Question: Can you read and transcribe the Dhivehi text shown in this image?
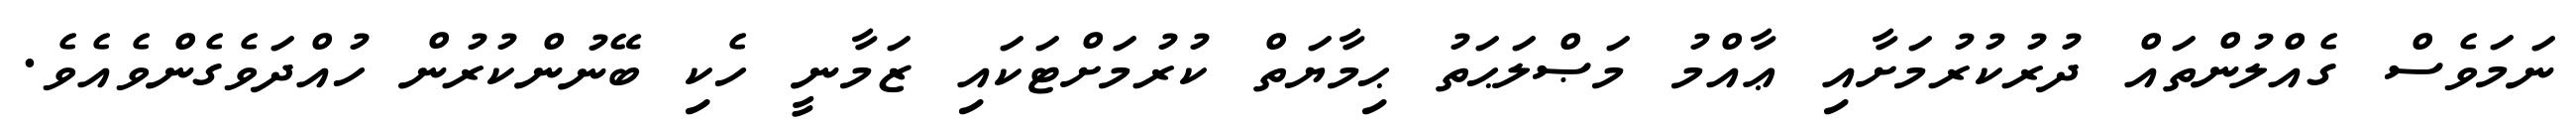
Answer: ނަމަވެސް ގެއްލުންތައް ދުރުކުރުމަށާއި ޢާއްމު މަޞްލަޙަތު ޙިމާޔަތް ކުރުމަށްޓަކައި ޒަމާނީ ހެކި ބޭނުންކުރުން ހުއްދަވެގެންވެއެވެ.